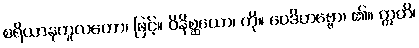
စရိယာနုကူလတော၊ ဖြင့်။ ဝိနိစ္ဆယော၊ ကို။ ဝေဒိတဗ္ဗော၊ ၏။ ဣတိ၊